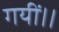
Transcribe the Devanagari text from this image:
गयीं।।